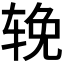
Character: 𬨈